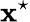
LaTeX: \mathbf{x}^{\star}